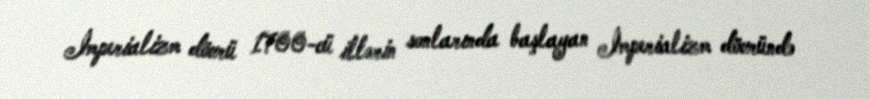
İmperializm dövrü 1700-cü illərin sonlarında başlayan İmperializm dövründə